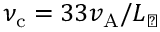
\nu _ { \mathrm { c } } = 3 3 v _ { \mathrm { A } } / L _ { \perp }